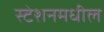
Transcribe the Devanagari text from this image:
स्टेशनमधील